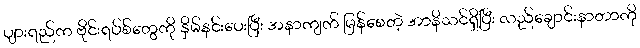
ပျားရည်က ဗိုင်းရပ်စ်တွေကို နှိမ်နှင်းပေးပြီး အနာကျက် မြန်စေတဲ့ အာနိသင်ရှိပြီး လည်ချောင်းနာတာကို